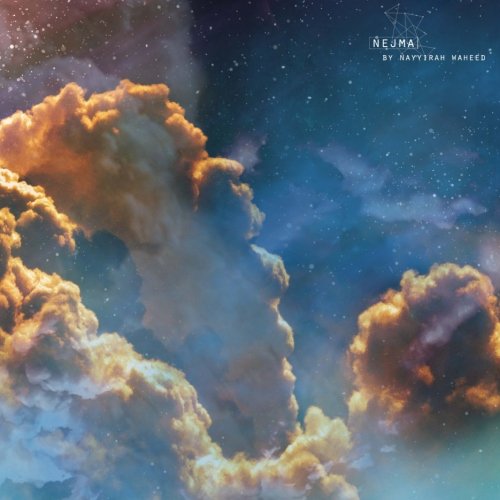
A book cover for nejma; Nayyirah Waheed; Literature & Fiction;